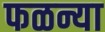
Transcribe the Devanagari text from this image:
फळन्या